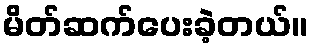
မိတ်ဆက်ပေးခဲ့တယ်။